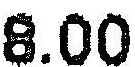
8.00